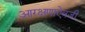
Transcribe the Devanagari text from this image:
आरक्षणाऐवजी